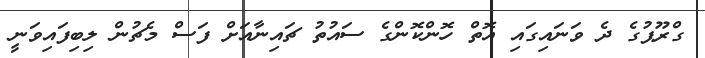
ގްރޫޕުގެ ދެ ވަަނައިގައި އޮތް ހޮންކޮންގެ ސައުތު ޗައިނާއަށް ފަސް މެޗުން ލިބިފައިވަނީ